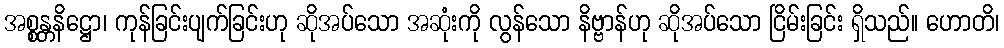
အစ္စန္တနိဋ္ဌော၊ ကုန်ခြင်းပျက်ခြင်းဟု ဆိုအပ်သော အဆုံးကို လွန်သော နိဗ္ဗာန်ဟု ဆိုအပ်သော ငြိမ်းခြင်း ရှိသည်။ ဟောတိ၊